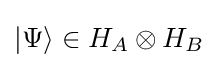
|\Psi \rangle \in H_{A}\otimes H_{B}